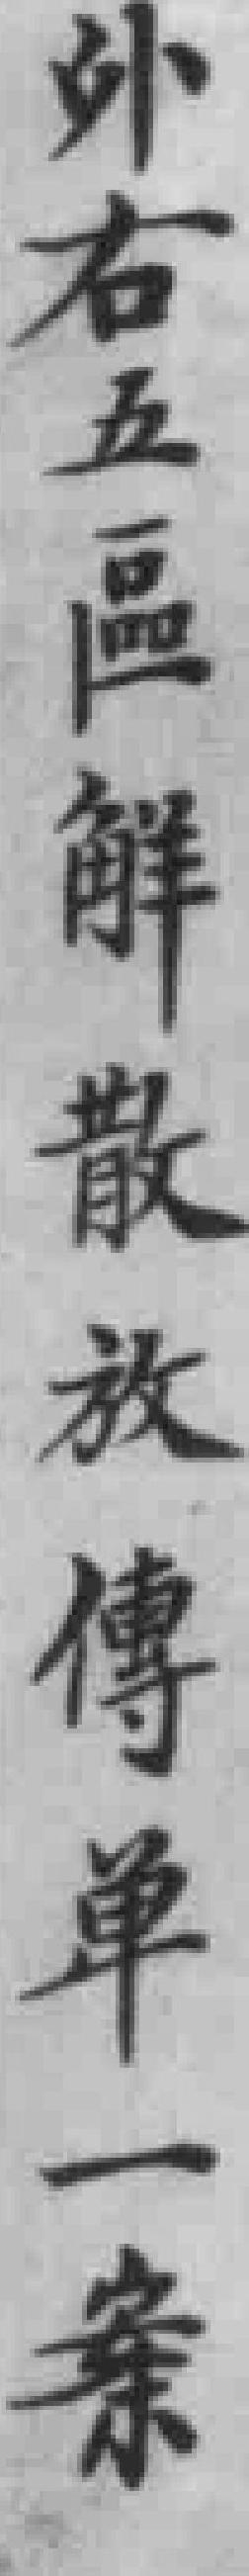
外右五區解散放傳單一案